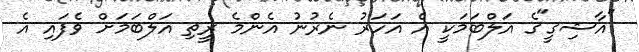
"އާޝިގީ"ގެ އަލްބަމަކީ އެ އަހަރު ނެރުނު އެންމެ ރީތި އަލްބަމަށް ވެފައި އެ